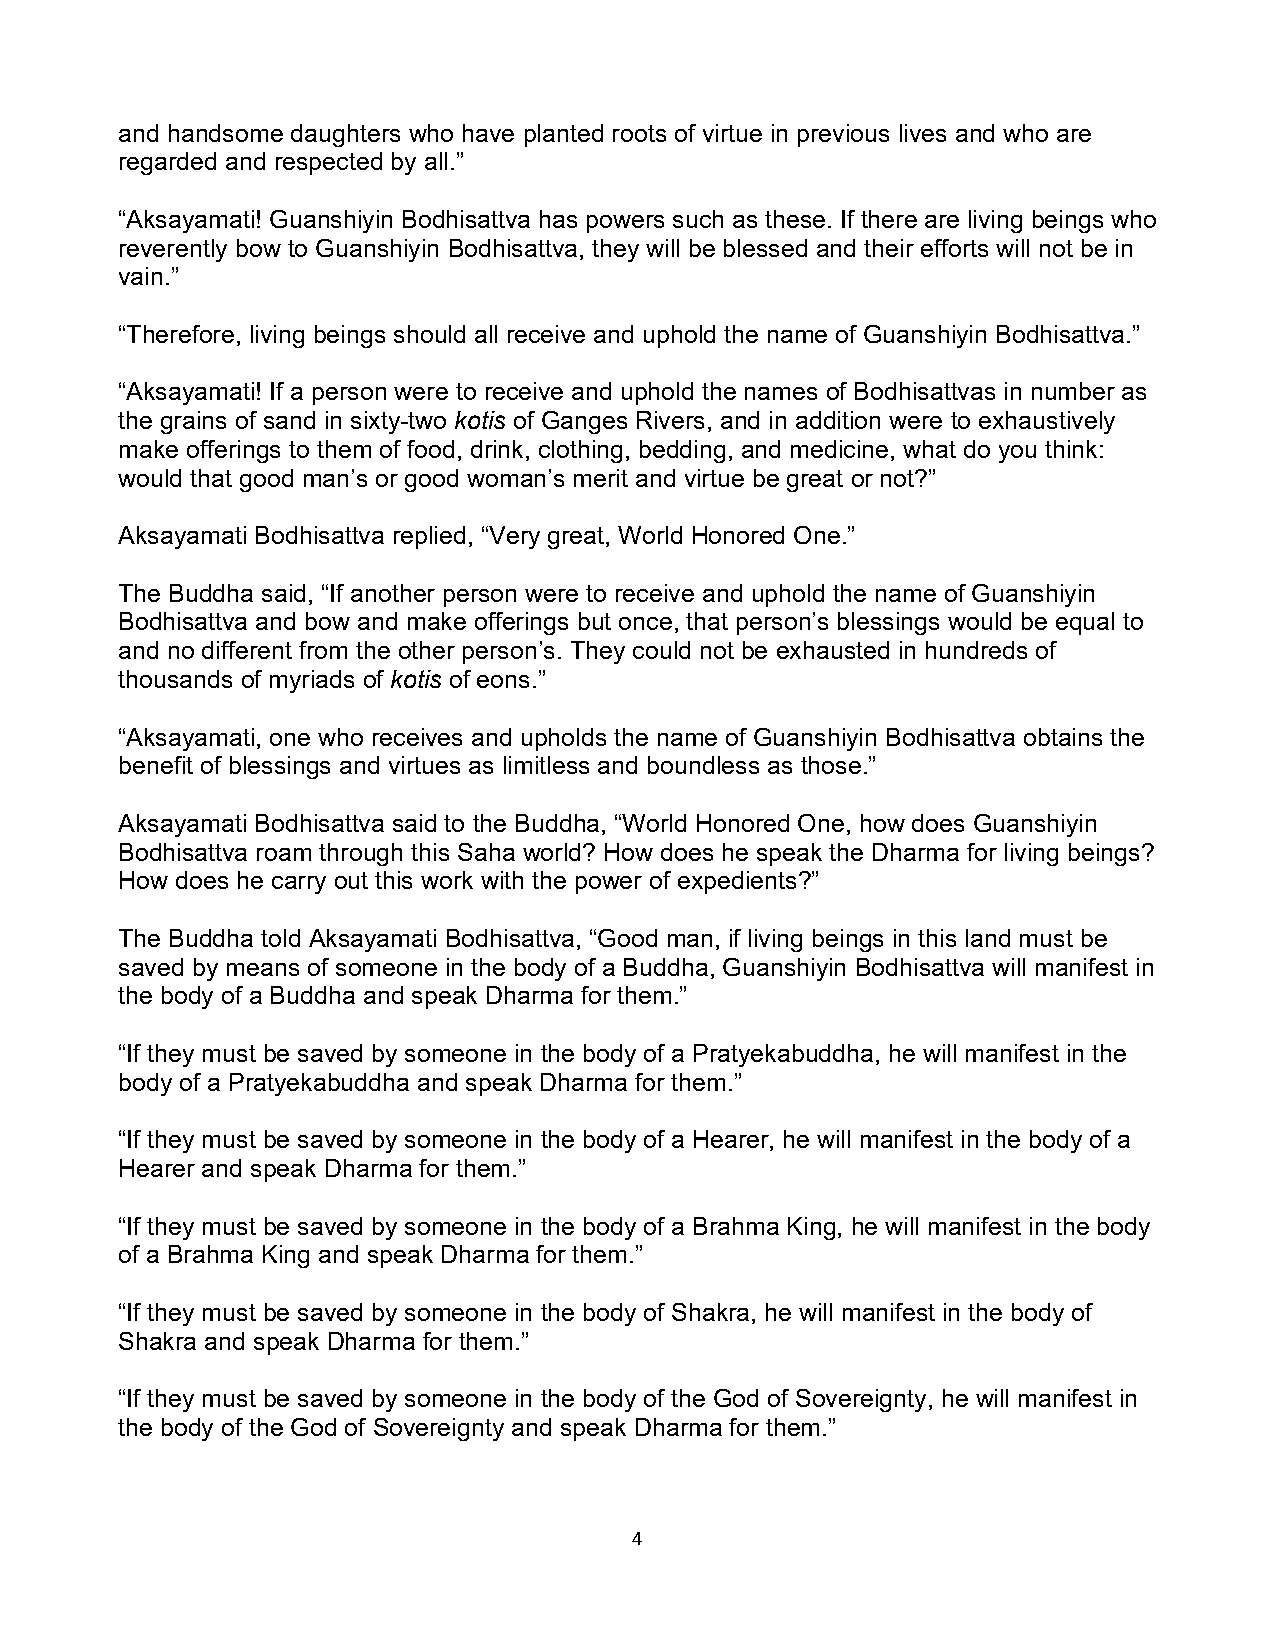
and handsome daughters who have planted roots of virtue in previous lives and who are
 regarded and respected by all.”
 “Aksayamati! Guanshiyin Bodhisattva has powers such as these. If there are living beings who
 reverently bow to Guanshiyin Bodhisattva, they will be blessed and their efforts will not be in
 vain.”
 “Therefore, living beings should all receive and uphold the name of Guanshiyin Bodhisattva.”
 “Aksayamati! If a person were to receive and uphold the names of Bodhisattvas in number as
 the grains of sand in sixty-two kotis of Ganges Rivers, and in addition were to exhaustively
 make offerings to them of food, drink, clothing, bedding, and medicine, what do you think:
 would that good man’s or good woman’s merit and virtue be great or not?”
 Aksayamati Bodhisattva replied, “Very great, World Honored One.”
 The Buddha said, “If another person were to receive and uphold the name of Guanshiyin
 Bodhisattva and bow and make offerings but once, that person’s blessings would be equal to
 and no different from the other person’s. They could not be exhausted in hundreds of
 thousands of myriads of kotis of eons.”
 “Aksayamati, one who receives and upholds the name of Guanshiyin Bodhisattva obtains the
 benefit of blessings and virtues as limitless and boundless as those.”
 Aksayamati Bodhisattva said to the Buddha, “World Honored One, how does Guanshiyin
 Bodhisattva roam through this Saha world? How does he speak the Dharma for living beings?
 How does he carry out this work with the power of expedients?”
 The Buddha told Aksayamati Bodhisattva, “Good man, if living beings in this land must be
 saved by means of someone in the body of a Buddha, Guanshiyin Bodhisattva will manifest in
 the body of a Buddha and speak Dharma for them.”
 “If they must be saved by someone in the body of a Pratyekabuddha, he will manifest in the
 body of a Pratyekabuddha and speak Dharma for them.”
 “If they must be saved by someone in the body of a Hearer, he will manifest in the body of a
 Hearer and speak Dharma for them.”
 “If they must be saved by someone in the body of a Brahma King, he will manifest in the body
 of a Brahma King and speak Dharma for them.”
 “If they must be saved by someone in the body of Shakra, he will manifest in the body of
 Shakra and speak Dharma for them.”
 “If they must be saved by someone in the body of the God of Sovereignty, he will manifest in
 the body of the God of Sovereignty and speak Dharma for them.”
 4